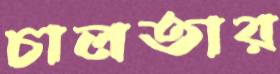
চালতার